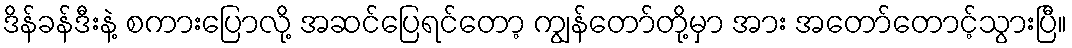
ဒိန်ခန်ဒီးနဲ့ စကားပြောလို့ အဆင်ပြေရင်တော့ ကျွန်တော်တို့မှာ အား အတော်တောင့်သွားပြီ။